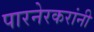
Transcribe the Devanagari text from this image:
पारनेरकरांनी